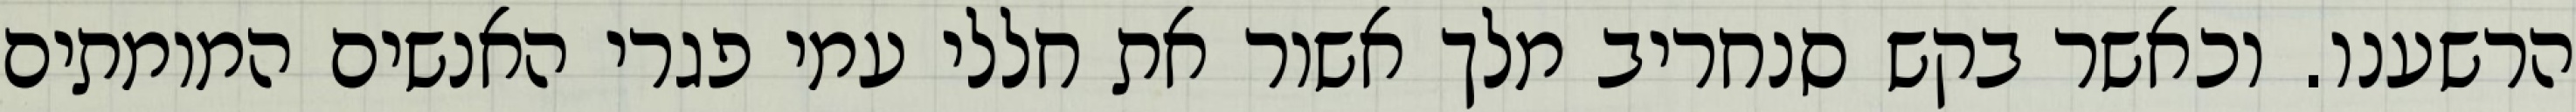
הרשענו. וכאשר בקש סנחריב מלך אשור את חללי עמי פגרי האנשים המומתים